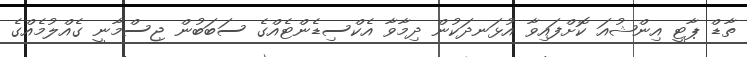
ތާޑް ޕާޓީ އިންޝުއަ ކޮށްފައިވާ އުޅަނދަކުން ދިމާވާ އެކްސިޑެންޓެއްގެ ސަބަބުން ޖިސްމާނީ ގެއްލުމެއްގެ